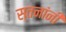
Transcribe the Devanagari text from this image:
स्तनांनी